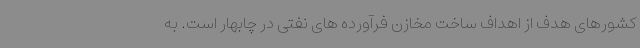
کشورهای هدف از اهداف ساخت مخازن فرآورده های نفتی در چابهار است. به